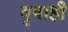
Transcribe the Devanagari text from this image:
वृषाही